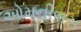
ઓમનીબસ